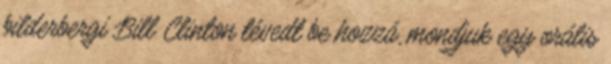
bilderbergi Bill Clinton tévedt be hozzá, mondjuk egy orális